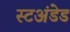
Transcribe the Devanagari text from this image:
स्टअंडेड